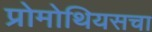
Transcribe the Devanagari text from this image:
प्रोमोथियसचा